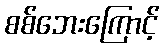
စစ်ဘေးကြောင့်